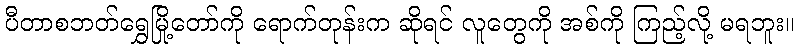
ပီတာစဘတ်ရွှေမြို့တော်ကို ရောက်တုန်းက ဆိုရင် လူတွေကို အစ်ကို ကြည့်လို့ မရဘူး။